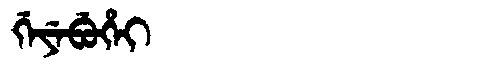
Manchu: ᡤᡝᠶᡝᠪᡠᡥᡝᡳ
Romanization: GEYEBUHEI